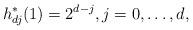
LaTeX: \begin{align*} h_{dj}^* (1) = 2^{d-j}, j=0,\dots,d, \end{align*}